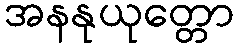
အနနုယုတ္တော